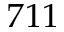
7 1 1